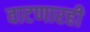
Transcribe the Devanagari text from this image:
वाटणारही